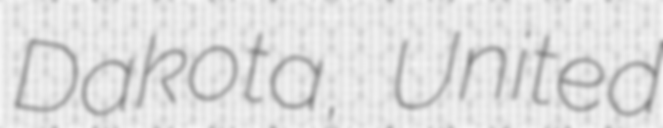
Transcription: Dakota, United